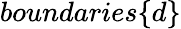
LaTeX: boundaries\{ d\}